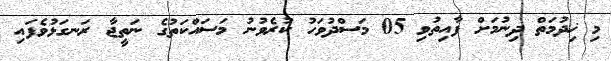
މި ޚިދުމަތް ދިނުމަށް ފާއިތުވި 05 މަސްދުވަހު ކުރެވުނު މަސައްކަތުގެ ނަތީޖާ ރަނގަޅުވެފައި